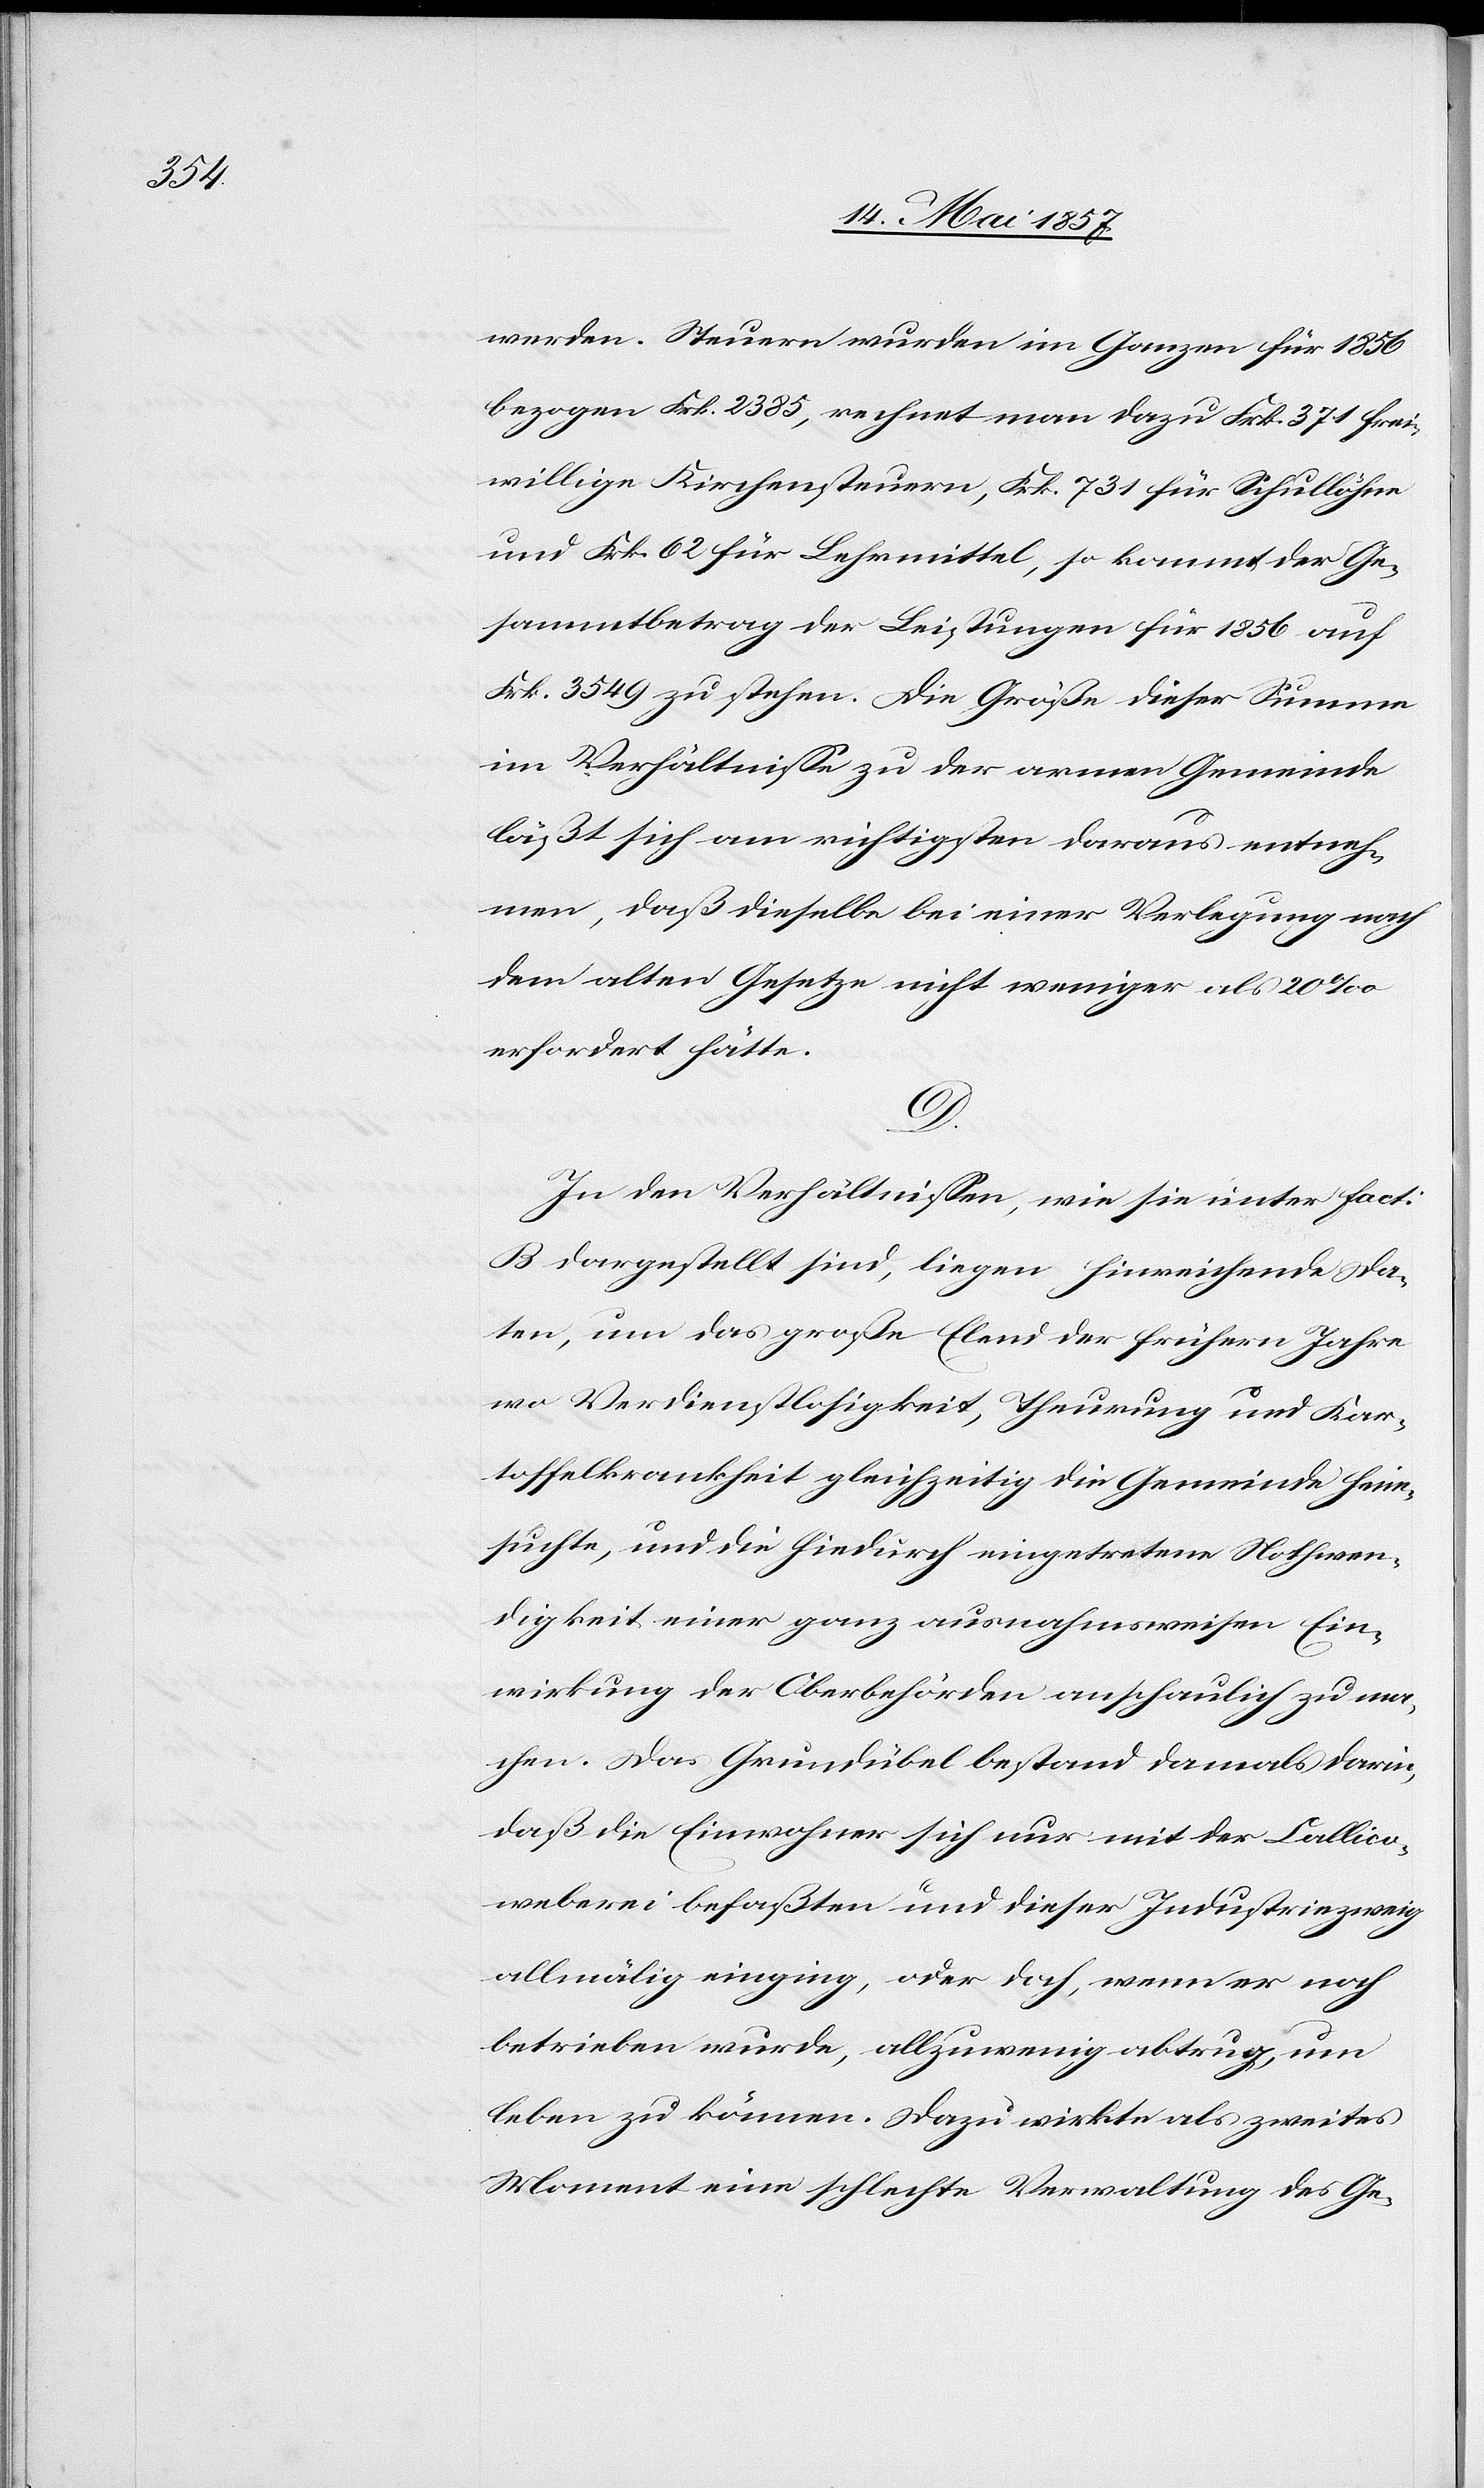
werden. Steuern wurden im Ganzen für 1856
bezogen Frk. 2385, rechnet man dazu Frk. 371 frei¬
willige Kirchensteuern, Frk. 731 für Schullöhne
und Frk. 62 für Lehrmittel, so kommt der Ge¬
sammtbetrag der Leistungen für 1856 auf
Frk. 3549 zu stehen. Die Größe dieser Summe
im Verhältnisse zu der armen Gemeinde
läßt sich am richtigsten daraus entneh¬
men, daß dieselbe bei einer Verlegung nach
dem alten Gesetze nicht weniger als 20‰
erfordert hätte.
D.
In den Verhältnissen, wie sie unter fact:
B dargestellt sind, liegen hinreichende Da¬
ten, um das große Elend der frühern Jahre
wo Verdienstlosigkeit, Theurung und Kar¬
toffelkrankheit gleichzeitig die Gemeinde heim¬
suchte, und die hiedurch eingetretene Nothwen¬
digkeit einer ganz ausnahmsweisen Ein¬
wirkung der Oberbehörden anschaulich zu ma¬
chen. Das Grundübel bestand damals darin,
daß die Einwohner sich nur mit der Callico¬
weberei befaßten und dieser Industriezweig
allmälig einging, oder doch, wenn er noch
betrieben wurde, allzuwenig abtrug, um
leben zu können. Dazu wirkte als zweites
Moment eine schlechte Verwaltung des Ge-